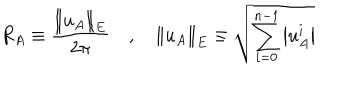
R _ { A } \equiv \frac { \left\| u _ { A } \right\| _ { E } } { 2 \pi } \quad , \quad \left\| u _ { A } \right\| _ { E } \equiv \sqrt { \sum _ { i = 0 } ^ { n - 1 } \left| u _ { A } ^ { i } \right| }